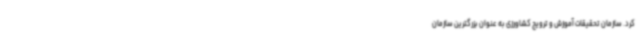
کرد. سازمان تحقیقات آموزش و ترویج کشاورزی به عنوان بزرگترین سازمان